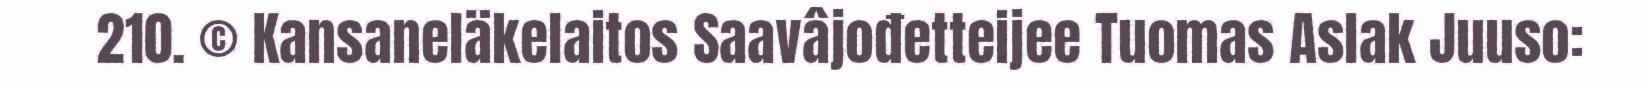
210. © Kansaneläkelaitos Saavâjođetteijee Tuomas Aslak Juuso: